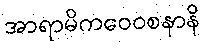
အာရာမိကဝေဝစနာနိ